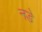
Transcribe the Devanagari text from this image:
नडे